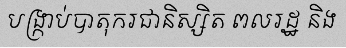
បង្ក្រាប់បាតុករជានិស្សិត ពលរដ្ឋ និង